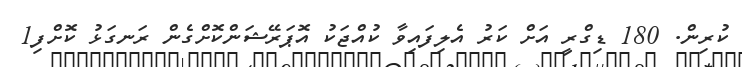
ކުރިން. 180 ޑިގްރީ އަށް ކަރު އެލިފައިވާ ކުއްޖަކު އޮޕަރޭޝަންކޮށްގެން ރަނގަޅު ކޮށްފި1